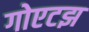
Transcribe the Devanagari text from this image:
गोएटझ